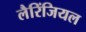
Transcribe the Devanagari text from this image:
लैरिंजियल